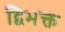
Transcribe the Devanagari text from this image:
द्विभक्त